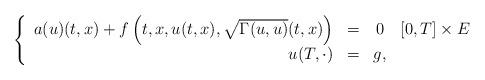
LaTeX: \begin{align*}\left\{\begin{array}{rccc} a(u)(t,x) + f\left(t,x,u(t,x),\sqrt{\Gamma(u,u)}(t,x)\right)&=&0& [0,T]\times E \\ u(T,\cdot)&=&g,& \end{array}\right.\end{align*}